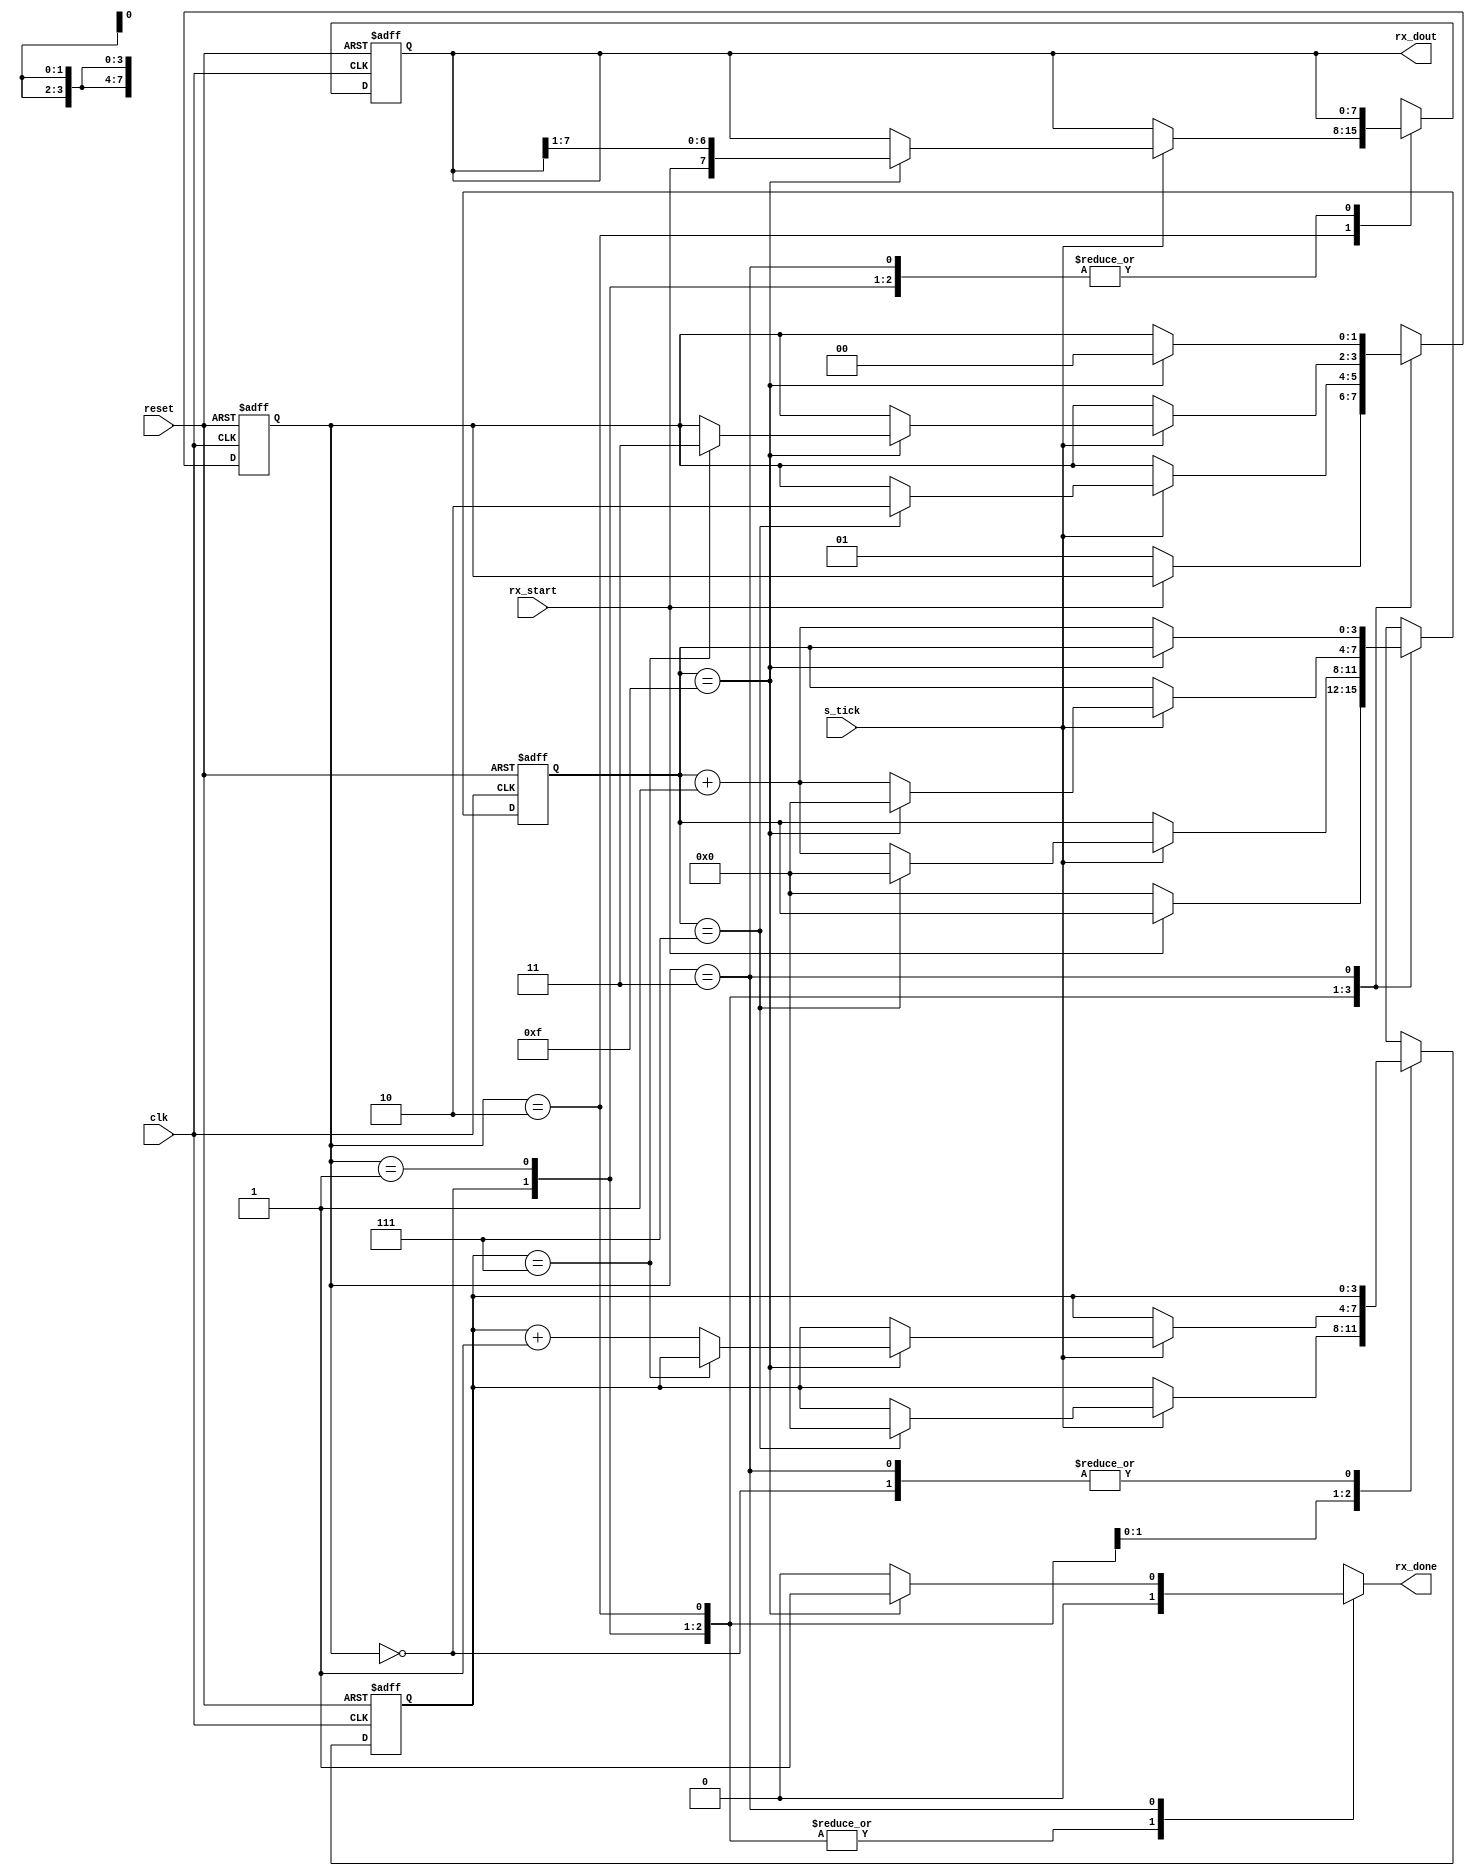
//1 start_bit + 8 data_bits + 1 stop_bit
module Uart_rx
#(
    parameter DBITS=8
)
(clk,reset,s_tick,rx_start,rx_done,rx_dout);
input          clk, s_tick; 
input          rx_start; 
input          reset;
output reg     rx_done;
output [DBITS-1:0]      rx_dout;

reg  [3:0]      OS_count, OS_count_next;//oversampling counter max:15
reg  [3:0]      data_count, data_count_next; //d0:d8-->8 data bits
 
reg  [DBITS-1:0] ShiftReg, ShiftReg_next;
reg  [1:0]      state, nextstate;

//FSM
parameter      IDLE        = 2'b00;
parameter      START       = 2'b01;
parameter      RX_DATA     = 2'b10;
parameter      STOP        = 2'b11;
// state to nextstate with clk in this block.
always@(posedge clk or negedge reset)begin
    if(!reset) begin
        state <= IDLE;
        OS_count<=0;
        data_count<=0;
        ShiftReg<=0;
    end
    else begin
        state <= nextstate;
        OS_count<=OS_count_next;
        data_count<=data_count_next;
        ShiftReg<=ShiftReg_next;
    end
end

// nextstate transform
always@(*) begin
  nextstate=state;
  OS_count_next=OS_count;
  data_count_next=data_count;
  ShiftReg_next=ShiftReg;
  rx_done=1'b0;
    case(state)
    IDLE: begin
        if(rx_start==0) begin
            OS_count_next=0;
            nextstate = START;
        end
    end
    START: begin
      if(s_tick) 

        if(OS_count==7) //OS_count==7
        begin
            OS_count_next=0;
            data_count_next=0;
            nextstate = RX_DATA;
        end
        else 
          OS_count_next=OS_count+1; 
    end
    RX_DATA: begin
      
if(s_tick)
        if(OS_count == 15) begin
          OS_count_next=0;
          ShiftReg_next= {rx_start, ShiftReg[7:1]};
          if(data_count==(DBITS-1))     
              nextstate = STOP;
          else  
            data_count_next=data_count+1; 
        end
        else 
            OS_count_next=OS_count+1;  
    end
    
    STOP: begin
        if(OS_count==15) begin
            rx_done=1'b1;
            nextstate = IDLE;
        end
        else 
          OS_count_next=OS_count+1;     
    end
    endcase
end
    assign rx_dout=ShiftReg;
endmodule